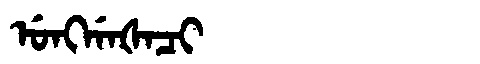
Manchu: ᡠᠩᡤᠠᡧᠠᠴᡳ
Romanization: UNGGAŠACI